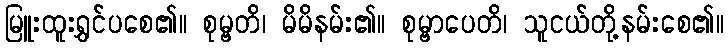
မြူးထူးရွှင်ပစေ၏။ စုမ္ဗတိ၊ မိမိနမ်း၏။ စုမ္ဗာပေတိ၊ သူငယ်တို့နမ်းစေ၏။